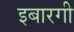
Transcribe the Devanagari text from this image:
इबारगी